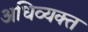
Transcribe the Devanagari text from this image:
अधिव्यक्त